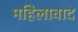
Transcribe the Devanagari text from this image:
महिलावाद